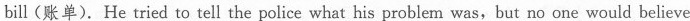
bill(账单). He tried to tell the police what his problem was,but no one would believe